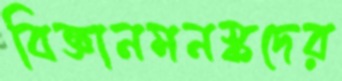
বিজ্ঞানমনস্কদের